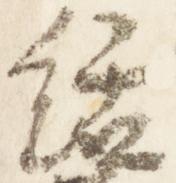
絬